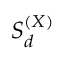
{ \cal S } _ { d } ^ { ( X ) }